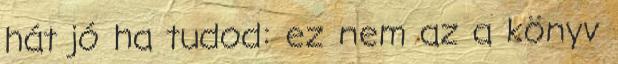
hát jó ha tudod: ez nem az a könyv